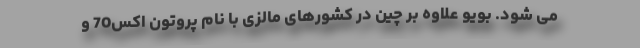
می شود. بویو علاوه بر چین در کشورهای مالزی با نام پروتون اکس70 و